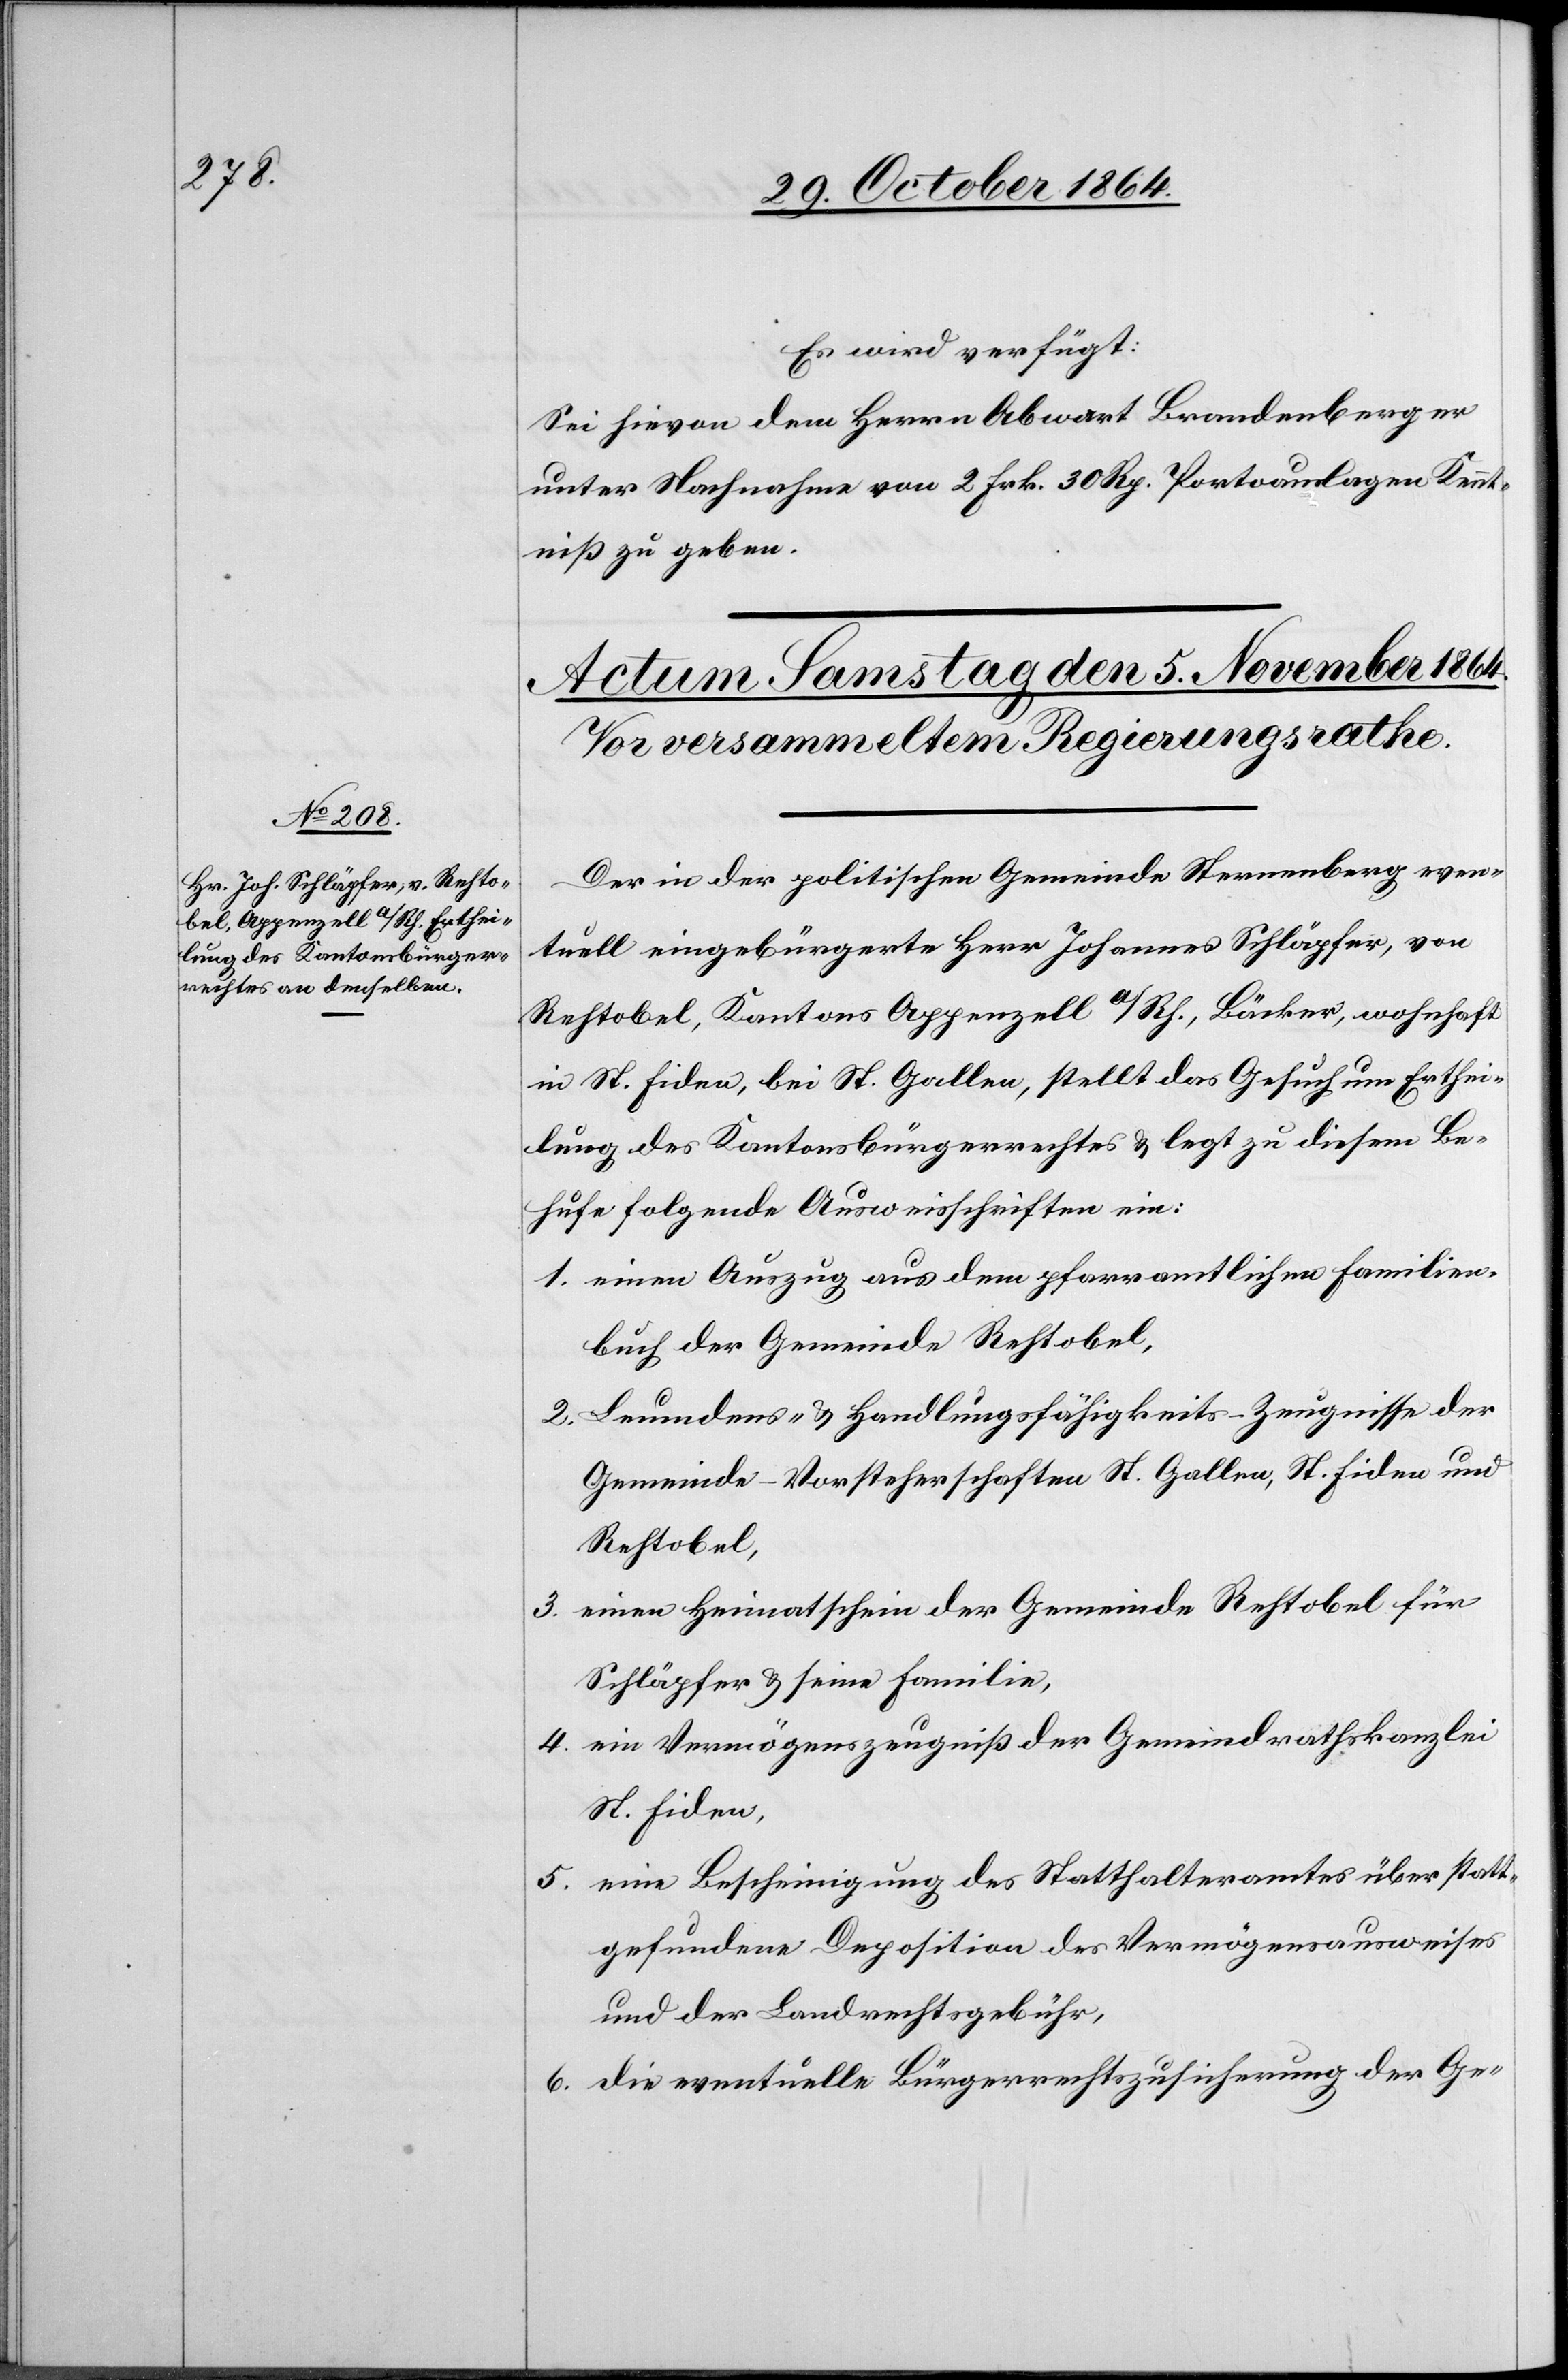
Es wird verfügt:
Sei hievon dem Herrn Abwart Brandenberger
unter Nachnahme von 2 Frk. 30 Rp. Portoauslagen Kennt¬
niß zu geben.
Der in der politischen Gemeinde Sternenberg even¬
tuell eingebürgerte Herr Johannes Schläpfer, von
Rehtobel, Kantons Appenzell a/Rh., Bäcker, wohnhaft
in St. Fiden, bei St. Gallen, stellt das Gesuch um Erthei¬
lung des Kantonsbürgerrechtes & legt zu diesem Be¬
hufe folgende Ausweisschriften ein:
1. einen Auszug aus dem pfarramtlichen Familien¬
buch der Gemeinde Rehtobel,
2. Leumunds- & Handlungsfähigkeits-Zeugnisse der
Gemeinde-Vorsteherschaften St. Gallen, St. Fiden und
Rehtobel,
einen Heimatschein der Gemeinde Rehtobel für
3.
Schläpfer & seine Familie,
4. ein Vermögenszeugniß der Gemeindrathskanzlei
St. Fiden,
5. eine Bescheinigung des Statthalteramtes über statt¬
gefundene Deposition des Vermögensausweises
und der Landrechtsgebühr,
6. die eventuelle Bürgerrechtszusicherung der Ge-